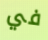
في